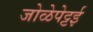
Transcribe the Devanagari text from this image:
जोळेपेट्टई